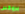
بروكس